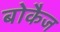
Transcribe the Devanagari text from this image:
बोकैज